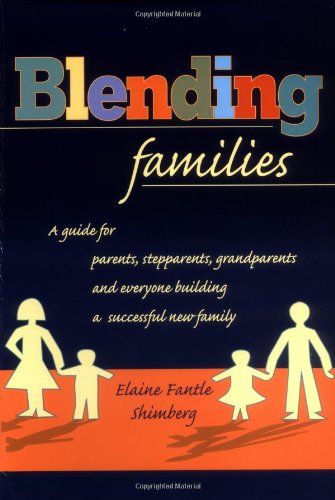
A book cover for Blending Families; Elaine F. Shimberg; Parenting & Relationships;